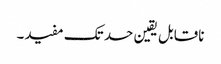
ناقابل یقین حد تک مفید۔